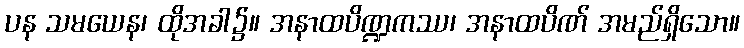
ပန သမယေန၊ ထိုအခါ၌။ အနာထပိဏ္ဍကဿ၊ အနာထပိဏ် အမည်ရှိသော။